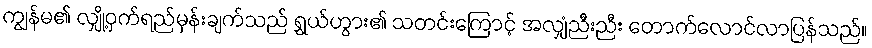
ကျွန်မ၏ လျှို့ဝှက်ရည်မှန်းချက်သည် ရွှယ်ဟွား၏ သတင်းကြောင့် အလျှံညီးညီး တောက်လောင်လာပြန်သည်။